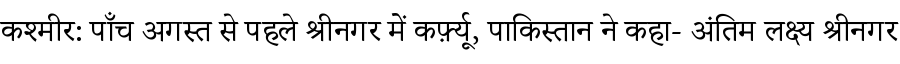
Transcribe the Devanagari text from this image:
कश्मीर: पाँच अगस्त से पहले श्रीनगर में कर्फ़्यू, पाकिस्तान ने कहा- अंतिम लक्ष्य श्रीनगर